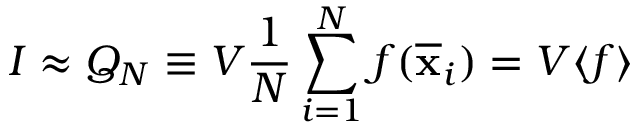
I \approx Q _ { N } \equiv V { \frac { 1 } { N } } \sum _ { i = 1 } ^ { N } f ( { \overline { { \mathbf { x } } } } _ { i } ) = V \langle f \rangle